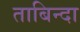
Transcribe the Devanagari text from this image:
ताबिन्दा